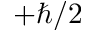
+ \hbar / 2